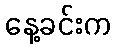
နေ့ခင်းက